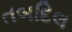
તબદિલ